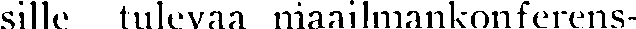
sille tulevaa maailmankonferens-